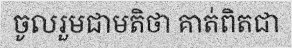
ចូលរួមជាមតិថា គាត់ពិតជា